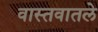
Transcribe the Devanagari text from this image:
वास्तवातले